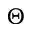
\Theta